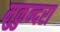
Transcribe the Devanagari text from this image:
मुकुन्दरा